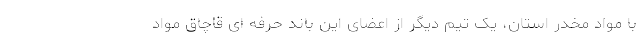
با مواد مخدر استان، یک تیم دیگر از اعضای این باند حرفه ای قاچاق مواد